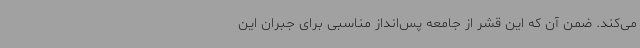
می‌کند. ضمن آن که این قشر از جامعه پس‌انداز مناسبی برای جبران این